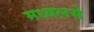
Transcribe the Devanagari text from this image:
मध्यलसे